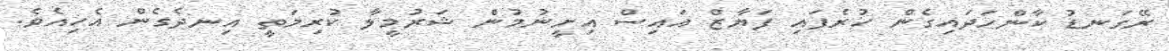
ރޭގަނޑު ކާންހަދައިގެން ހުރެފައި ފަޔާޒް އައިސް އިށީނުމުން ޝަރުމީލާ ކުރިމަތީ އިނދެގެން އެހިއެވެ.